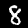
Label: 8